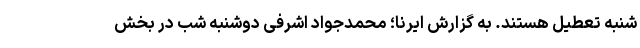
شنبه تعطیل هستند. به گزارش ایرنا؛ محمدجواد اشرفی دوشنبه شب در بخش